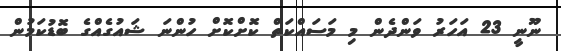
ނޫނީ 23 އަހަރު ވަންދެން މި މަސައްކަތް ކޮށްކޮށް ހުންނަ ޝައުގެއްގެ ބޮޑުކަމުން